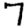
Digit: 7